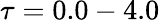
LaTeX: \tau=0.0-4.0